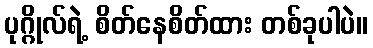
ပုဂ္ဂိုလ်ရဲ့ စိတ်နေစိတ်ထား တစ်ခုပါပဲ။